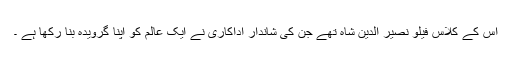
اس کے کلاس فیلو نصیر الدین شاہ تھے جن کی شاندار اداکاری نے ایک عالم کو اپنا گرویدہ بنا رکھا ہے ۔